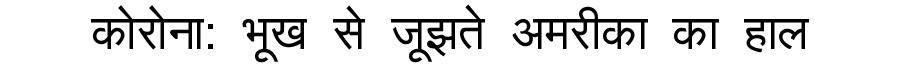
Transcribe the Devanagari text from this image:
कोरोना: भूख से जूझते अमरीका का हाल